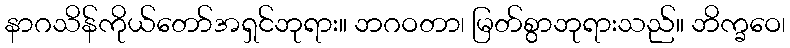
နာဂသိန်ကိုယ်တော်အရှင်ဘုရား။ ဘဂဝတာ၊ မြတ်စွာဘုရားသည်။ ဘိက္ခဝေ၊